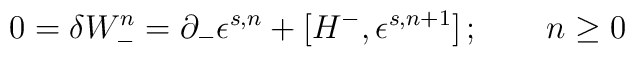
0=\delta W_-^n =\partial_- \epsilon^{s,n} +[H^- ,\epsilon^{s,n+1} ]\,;\qquad n\geq 0